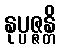
နုပ္ပဇ္ဇန္တိ